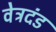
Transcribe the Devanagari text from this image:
वेत्रदंड